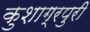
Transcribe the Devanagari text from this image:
कुशाग्रपुरी